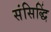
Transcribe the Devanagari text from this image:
संसिद्धिं